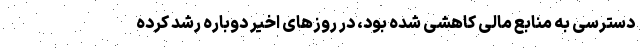
دسترسی به منابع مالی کاهشی شده بود، در روزهای اخیر دوباره رشد کرده